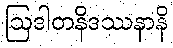
ဩဒါတနိဒဿနာနိ